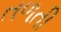
તળતી